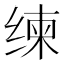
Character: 𱺧